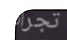
تجرأت